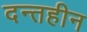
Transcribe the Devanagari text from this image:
दन्तहीन